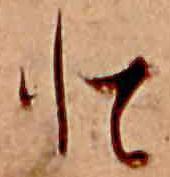
と